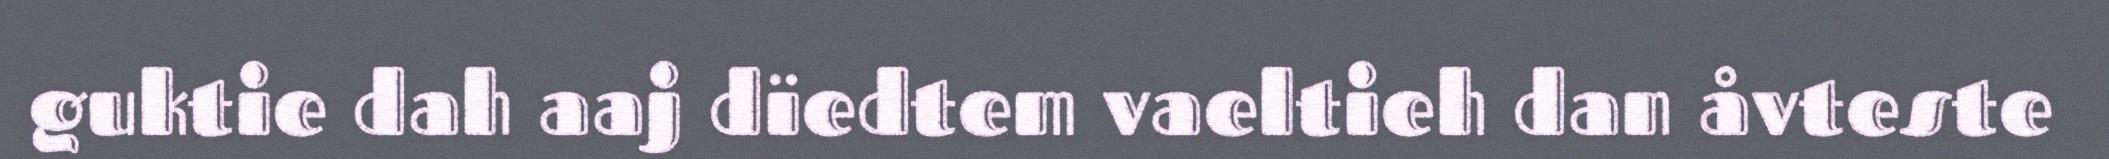
guktie dah aaj dïedtem vaeltieh dan åvteste